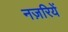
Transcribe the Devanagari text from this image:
नज़रियें